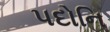
પદોનિ